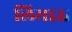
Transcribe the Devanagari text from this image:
लियाऊ